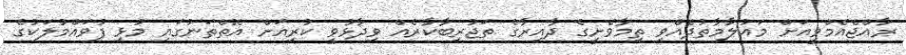
ރާއްޖެއެމްވީއަށް މައުލާމާތުދެއްވި ތިމާވެށީގެ ދާއިރާގެ ތަޖުރިބާކާރެއް ވިދާޅުވީ ކުރިއަށް އޮތްތަނުގައި މުޅި ފުވައްމުލަކުގެ